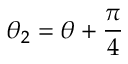
\theta _ { 2 } = \theta + \frac { \pi } { 4 }